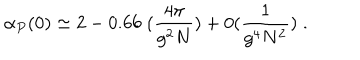
LaTeX: \alpha _ { P } ( 0 ) \simeq 2 - 0 . 6 6 \; ( \frac { 4 \pi } { g ^ { 2 } N } ) + 0 ( \frac { 1 } { g ^ { 4 } N ^ { 2 } } ) \; .